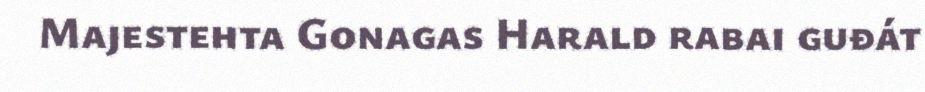
Majestehta Gonagas Harald rabai guđát